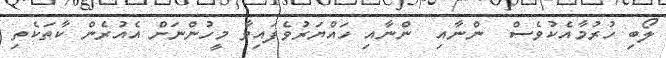
ލޯބި ހުރުމާއެކުވެސް  ންނާއި  ންނާއި ހައްޔަރުވެފައިވާ މީހުންނަށް އެއުރެން ކާތަކެތި